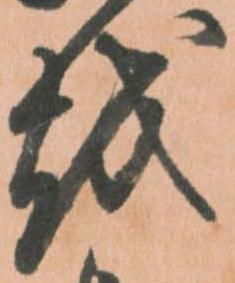
越